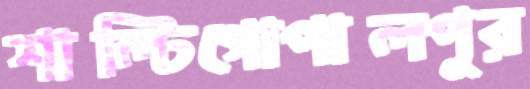
শাল্টিগোপালপুর